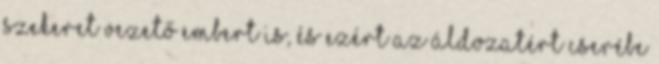
szekeret vezető embert is, és ezért az áldozatért cserébe